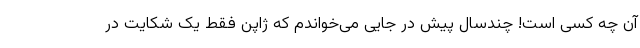
آن چه کسی است! چندسال پیش در جایی می‌خواندم که ژاپن فقط یک شکایت در